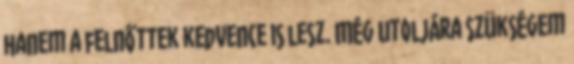
hanem a felnőttek kedvence is lesz. Még utoljára szükségem